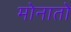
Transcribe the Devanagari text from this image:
मोनातो